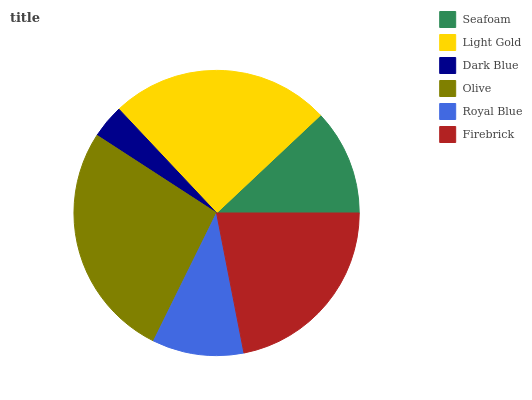
| Seafoam | Light Gold | Dark Blue | Olive | Royal Blue | Firebrick |
 | --- | --- | --- | --- | --- | --- |
 | 12% | 25% | 3.82% | 26.9% | 10.4% | 22% |